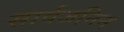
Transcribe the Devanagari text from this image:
सार्वजनिन